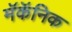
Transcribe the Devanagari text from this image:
मॅकॅनिक